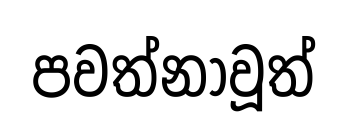
පවත්නාවූත්